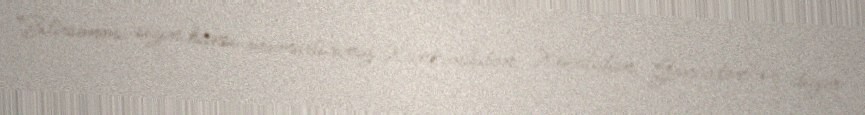
“Bilirsənmi sizin hansı məmurlarınız Xankəndidən, Xocalıdan, Gəncədən və digər